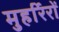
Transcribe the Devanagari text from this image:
मुहर्रिरों